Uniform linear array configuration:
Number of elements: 64
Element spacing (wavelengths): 0.25
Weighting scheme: hamming
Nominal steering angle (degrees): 15
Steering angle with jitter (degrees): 14.863
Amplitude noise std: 0.05
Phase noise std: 0.05

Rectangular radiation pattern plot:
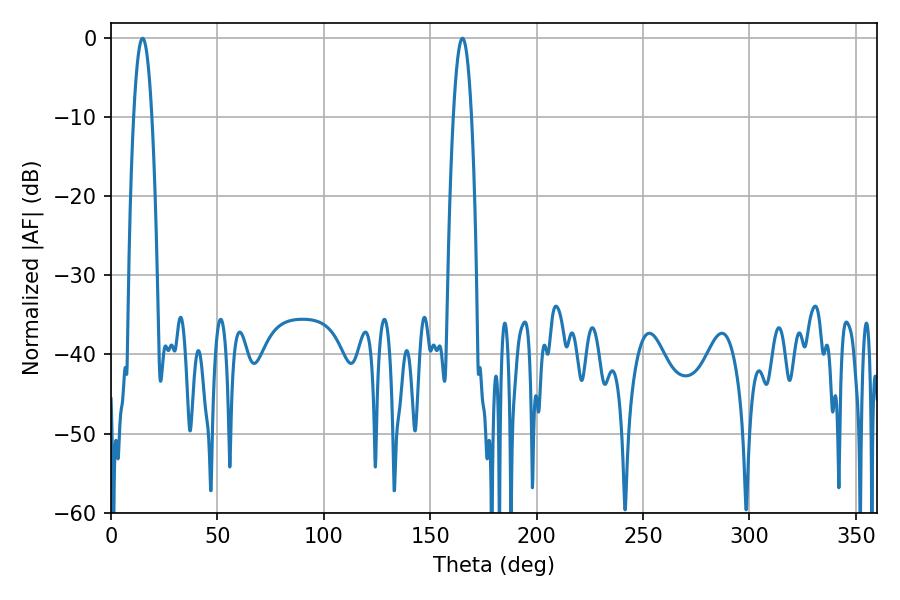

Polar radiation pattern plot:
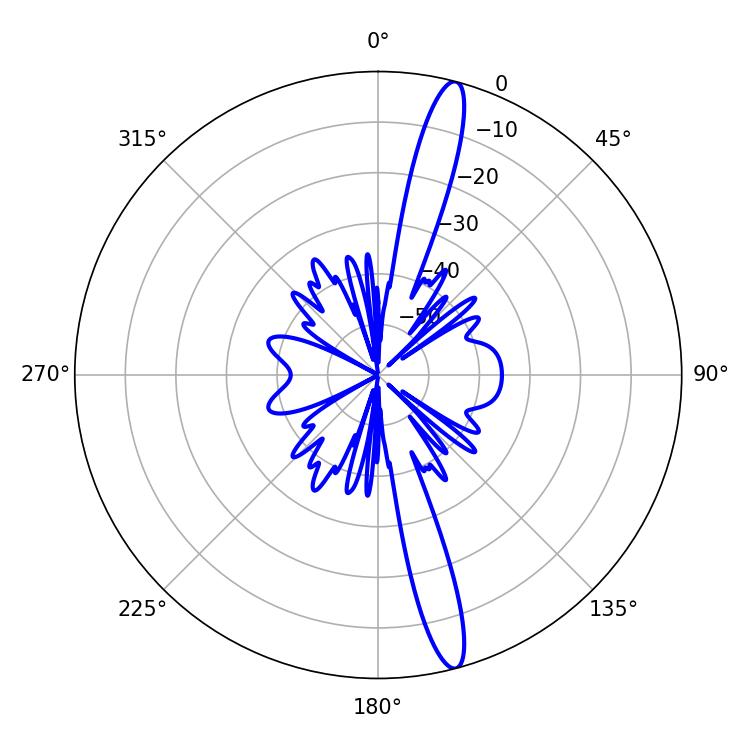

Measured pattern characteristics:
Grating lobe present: FALSE
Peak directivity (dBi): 16.4
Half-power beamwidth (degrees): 4.68
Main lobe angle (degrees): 14.94